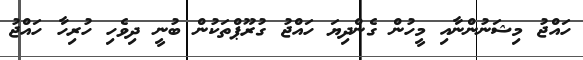
ހައްޖު މިޝަނުންނާއި މީހުން ގެންދިޔަ ހައްޖު ގުރޫޕްތަކުން ބުނީ ދިވެހި ހުރިހާ ހައްޖު